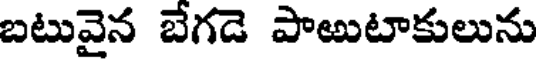
బటువైన బేగడె పాఱుటాకులును